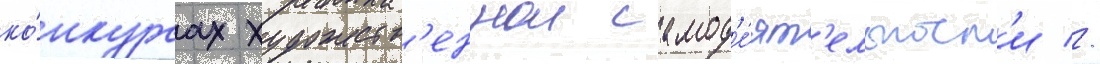
ко́нкурсах художеств'еннои самод'е́ят'ельност'и //